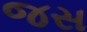
જસ